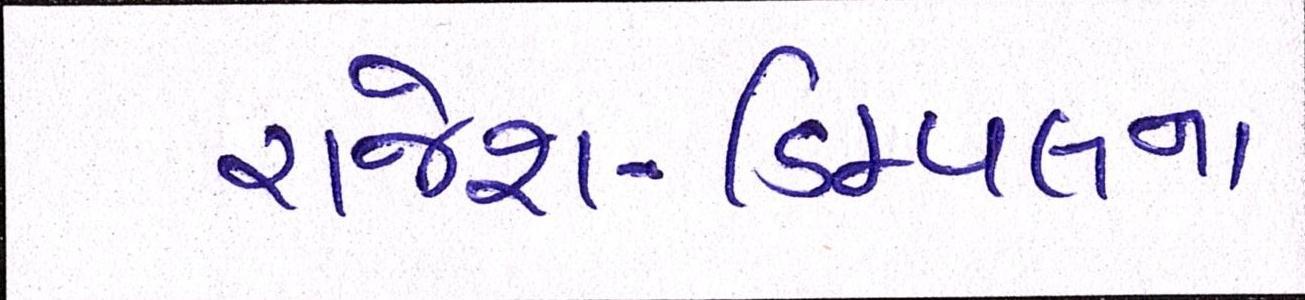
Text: રાજેશ-ડિમ્પલના